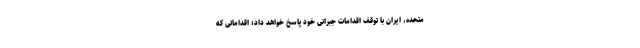
متحده، ایران با توقف اقدامات جبرانی خود پاسخ خواهد داد؛ اقداماتی که